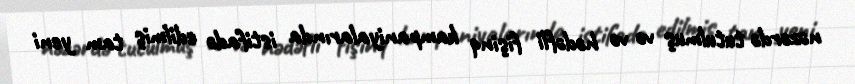
nəzərdə tutulmuş və və hədəfli fişinq kampaniyalarında istifadə edilmiş tam yeni